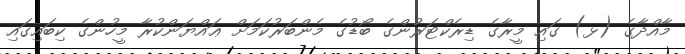
މާއްދާގެ (ޅ) ގައި މީރާގެ ޑިރެކްޓަރުންގެ ބޯޑުގެ މެންބަރުކަމަށް ޢައްޔަންކުރާ މީހުންގެ ކިބައިގައި